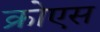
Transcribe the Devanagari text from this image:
क्रोएस